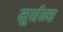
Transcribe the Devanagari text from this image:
मुर्धन्य